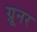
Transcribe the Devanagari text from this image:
ग्रूनर